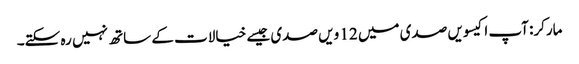
مارکر: آپ اکیسویں صدی میں 12 ویں صدی جیسے خیالات کے ساتھ نہیں رہ سکتے۔